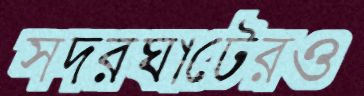
সদরঘাটেরও